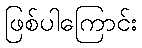
ဖြစ်ပါကြောင်း